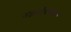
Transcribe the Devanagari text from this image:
गजलेविषयक